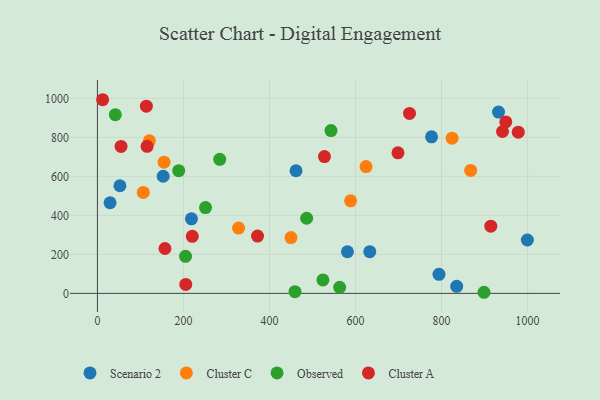
{"axis": {"x": "Speed", "y": "Profit"}, "legend": ["Cluster A", "Cluster C", "Observed", "Scenario 2"], "data": [{"x": "218.6", "y": 382.3, "type": "Scenario 2"}, {"x": "633.1", "y": 213.8, "type": "Scenario 2"}, {"x": "835.2", "y": 36.0, "type": "Scenario 2"}, {"x": "152.9", "y": 600.5, "type": "Scenario 2"}, {"x": "29.4", "y": 464.7, "type": "Scenario 2"}, {"x": "461.7", "y": 628.9, "type": "Scenario 2"}, {"x": "932.4", "y": 929.7, "type": "Scenario 2"}, {"x": "794.0", "y": 97.7, "type": "Scenario 2"}, {"x": "999.5", "y": 273.6, "type": "Scenario 2"}, {"x": "581.2", "y": 213.4, "type": "Scenario 2"}, {"x": "776.8", "y": 803.0, "type": "Scenario 2"}, {"x": "52.3", "y": 551.9, "type": "Scenario 2"}, {"x": "824.5", "y": 796.0, "type": "Cluster C"}, {"x": "154.9", "y": 672.5, "type": "Cluster C"}, {"x": "867.7", "y": 630.4, "type": "Cluster C"}, {"x": "328.1", "y": 334.9, "type": "Cluster C"}, {"x": "106.6", "y": 517.5, "type": "Cluster C"}, {"x": "624.5", "y": 650.2, "type": "Cluster C"}, {"x": "120.8", "y": 782.3, "type": "Cluster C"}, {"x": "588.5", "y": 474.6, "type": "Cluster C"}, {"x": "450.0", "y": 285.9, "type": "Cluster C"}, {"x": "284.3", "y": 687.6, "type": "Observed"}, {"x": "563.1", "y": 31.2, "type": "Observed"}, {"x": "189.0", "y": 629.1, "type": "Observed"}, {"x": "41.6", "y": 916.5, "type": "Observed"}, {"x": "486.4", "y": 385.2, "type": "Observed"}, {"x": "204.8", "y": 189.7, "type": "Observed"}, {"x": "459.3", "y": 8.6, "type": "Observed"}, {"x": "898.7", "y": 5.6, "type": "Observed"}, {"x": "543.0", "y": 835.0, "type": "Observed"}, {"x": "251.3", "y": 439.7, "type": "Observed"}, {"x": "524.2", "y": 69.0, "type": "Observed"}, {"x": "914.5", "y": 344.4, "type": "Cluster A"}, {"x": "372.2", "y": 293.9, "type": "Cluster A"}, {"x": "157.0", "y": 230.2, "type": "Cluster A"}, {"x": "527.8", "y": 701.6, "type": "Cluster A"}, {"x": "205.4", "y": 46.1, "type": "Cluster A"}, {"x": "115.5", "y": 753.8, "type": "Cluster A"}, {"x": "941.7", "y": 830.1, "type": "Cluster A"}, {"x": "113.8", "y": 959.8, "type": "Cluster A"}, {"x": "220.5", "y": 292.5, "type": "Cluster A"}, {"x": "698.7", "y": 720.9, "type": "Cluster A"}, {"x": "12.1", "y": 993.0, "type": "Cluster A"}, {"x": "949.3", "y": 879.2, "type": "Cluster A"}, {"x": "54.9", "y": 753.3, "type": "Cluster A"}, {"x": "978.3", "y": 826.7, "type": "Cluster A"}, {"x": "725.5", "y": 922.7, "type": "Cluster A"}]}